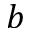
b